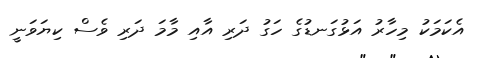
އެކަމަކު މިހާރު އަޅުގަނޑުގެ ހަގު ދަރި އާއި މާމަ ދަރި ވެސް ކިޔަވަނީ